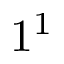
1 ^ { 1 }